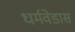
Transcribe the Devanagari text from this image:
धर्मवेडास